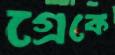
গ্রেকে